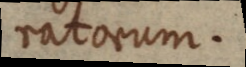
ratorum.